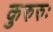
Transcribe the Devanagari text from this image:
कुरुरुः